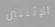
الإثنتين